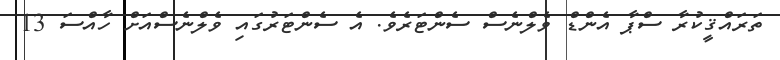
ތަރައްޤީކުރާ ސްޕާ އެންޑް ވެލްނެސް ސެންޓަރެވެ. އެ ސެންޓަރުގައި ވެލްނެސްއަށް ހާއްސަ 13